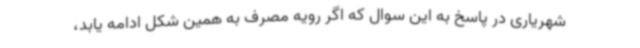
شهریاری در پاسخ به این سوال که اگر رویه مصرف به همین شکل ادامه یابد،